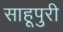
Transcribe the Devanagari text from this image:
साहूपुरी